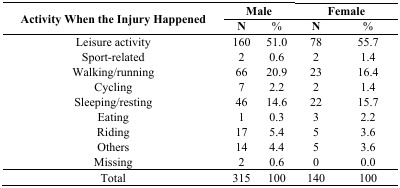
<table><thead><tr><td rowspan="2"><b>Activity When the Injury Happened</b></td><td colspan="2"><b>Male</b></td><td colspan="2"><b>Female</b></td></tr><tr><td><b>N</b></td><td><b>%</b></td><td><b>N</b></td><td><b>%</b></td></tr></thead><tbody><tr><td>Leisure activity</td><td>160</td><td>51.0</td><td>78</td><td>55.7</td></tr><tr><td>Sport-related</td><td>2</td><td>0.6</td><td>2</td><td>1.4</td></tr><tr><td>Walking/running</td><td>66</td><td>20.9</td><td>23</td><td>16.4</td></tr><tr><td>Cycling</td><td>7</td><td>2.2</td><td>2</td><td>1.4</td></tr><tr><td>Sleeping/resting</td><td>46</td><td>14.6</td><td>22</td><td>15.7</td></tr><tr><td>Eating</td><td>1</td><td>0.3</td><td>3</td><td>2.2</td></tr><tr><td>Riding</td><td>17</td><td>5.4</td><td>5</td><td>3.6</td></tr><tr><td>Others</td><td>14</td><td>4.4</td><td>5</td><td>3.6</td></tr><tr><td>Missing</td><td>2</td><td>0.6</td><td>0</td><td>0.0</td></tr><tr><td>Total</td><td>315</td><td>100</td><td>140</td><td>100</td></tr></tbody></table>